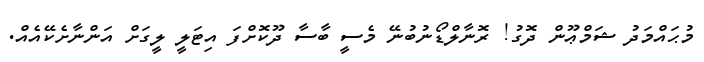
މުޙައްމަދު ޝަމްޢޫން ދޮގު! ރޮނާލްޑޯނުބުނޭ މެސީ ބާސާ ދޫކޮށްފަ އިޓަލީ ލީގަށް އަންނާށެކޭއެއް.